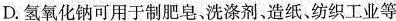
D.氢氧化钠可用于制肥皂，洗涤剂，造纸、纺织工业等